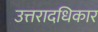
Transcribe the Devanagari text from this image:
उत्तरादधिकार